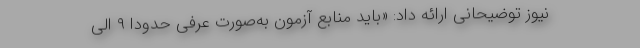
نیوز توضیحانی ارائه داد: «باید منابع آزمون به‌صورت عرفی حدوداً ۹ الی